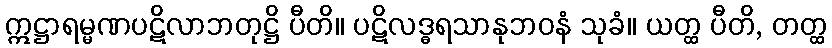
ဣဋ္ဌာရမ္မဏပဋိလာဘတုဋ္ဌိ ပီတိ။ ပဋိလဒ္ဓရသာနုဘဝနံ သုခံ။ ယတ္ထ ပီတိ, တတ္ထ